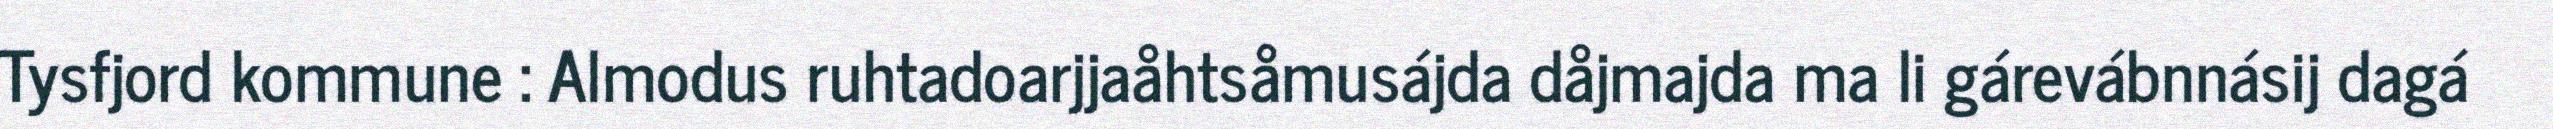
Tysfjord kommune : Almodus ruhtadoarjjaåhtsåmusájda dåjmajda ma li gárevábnnásij dagá